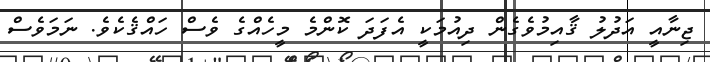
ޖިނާއީ އަދުލު ޤާއިމުވެގެން ދިއުމަކީ އެފަދަ ކޮންމެ މީހެއްގެ ވެސް ހައްޤެކެވެ. ނަމަވެސް